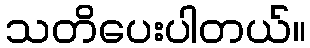
သတိပေးပါတယ်။